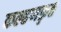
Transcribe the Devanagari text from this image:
कल्हणकृत